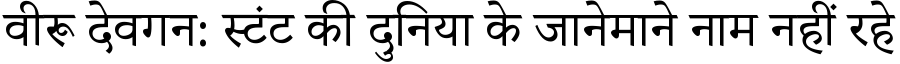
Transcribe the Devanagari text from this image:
वीरू देवगन: स्टंट की दुनिया के जानेमाने नाम नहीं रहे